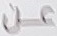
عن